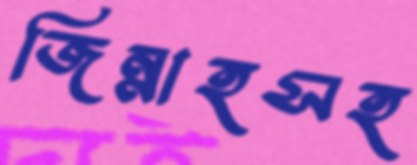
জিন্নাহসহ